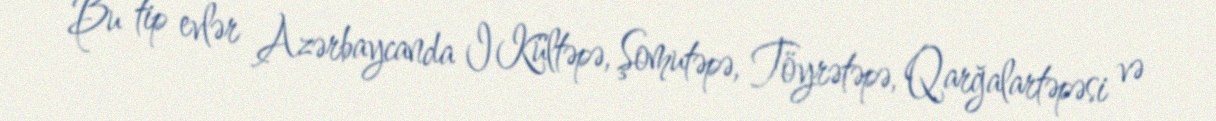
Bu tip evlər Azərbaycanda I Kültəpə, Şomutəpə, Töyrətəpə, Qarğalartəpəsi və